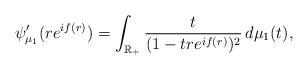
LaTeX: \begin{align*}\psi_{\mu_{1}}'(re^{if(r)})=\int_{\mathbb{R}_{+}}\frac{t}{(1-tre^{if(r)})^{2}}\,d\mu_{1}(t),\end{align*}